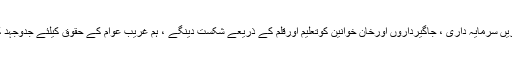
اورگوجریوتھ فورم کو پورے ضلع سوات میں منظم وفعال بنانے میں کرداراداکریں سرمایہ داری ، جاگیرداروں اورخان خوانین کوتعلیم اورقلم کے ذریعے شکست دینگے ، ہم غریب عوام کے حقوق کیلئے جدوجہد کررہے ہیں اورعوام کے مسائل ومشکلات حل کرنے کیلئے جدوجہد جاری ہے۔